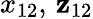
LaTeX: x_{12},\, \mathbf{z}_{12}